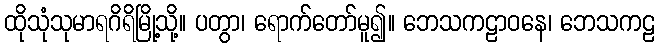
ထိုသုံသုမာရဂိရိမြို့သို့။ ပတွာ၊ ရောက်တော်မူ၍။ ဘေသကဠာဝနေ၊ ဘေသကဠ